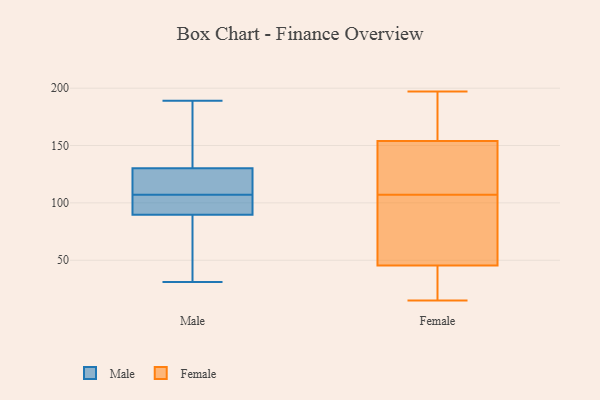
{"axis": {"x": "Customer Acquisition Cost (USD)", "y": "Value"}, "legend": ["Female", "Male"], "data": [{"x": "", "y": 45, "type": "Male"}, {"x": "", "y": 188, "type": "Male"}, {"x": "", "y": 90, "type": "Male"}, {"x": "", "y": 93, "type": "Male"}, {"x": "", "y": 31, "type": "Male"}, {"x": "", "y": 113, "type": "Male"}, {"x": "", "y": 89, "type": "Male"}, {"x": "", "y": 107, "type": "Male"}, {"x": "", "y": 45, "type": "Male"}, {"x": "", "y": 93, "type": "Male"}, {"x": "", "y": 159, "type": "Male"}, {"x": "", "y": 131, "type": "Male"}, {"x": "", "y": 189, "type": "Male"}, {"x": "", "y": 130, "type": "Male"}, {"x": "", "y": 114, "type": "Male"}, {"x": "", "y": 117, "type": "Male"}, {"x": "", "y": 90, "type": "Male"}, {"x": "", "y": 40, "type": "Female"}, {"x": "", "y": 163, "type": "Female"}, {"x": "", "y": 112, "type": "Female"}, {"x": "", "y": 193, "type": "Female"}, {"x": "", "y": 197, "type": "Female"}, {"x": "", "y": 84, "type": "Female"}, {"x": "", "y": 17, "type": "Female"}, {"x": "", "y": 186, "type": "Female"}, {"x": "", "y": 15, "type": "Female"}, {"x": "", "y": 41, "type": "Female"}, {"x": "", "y": 50, "type": "Female"}, {"x": "", "y": 145, "type": "Female"}, {"x": "", "y": 196, "type": "Female"}, {"x": "", "y": 89, "type": "Female"}, {"x": "", "y": 128, "type": "Female"}, {"x": "", "y": 72, "type": "Female"}, {"x": "", "y": 108, "type": "Female"}, {"x": "", "y": 106, "type": "Female"}, {"x": "", "y": 123, "type": "Female"}, {"x": "", "y": 39, "type": "Female"}]}